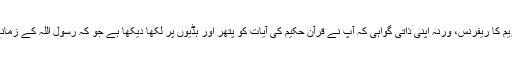
کسی میوزیم کا ریفرنس، ورنہ اپنی ذاتی گواہی کہ آپ نے قرآن حکیم کی آیات کو پتھر اور ہڈیوں پر لکھا دیکھا ہے جو کہ رسول اللہ کے زمانے کا ہے۔